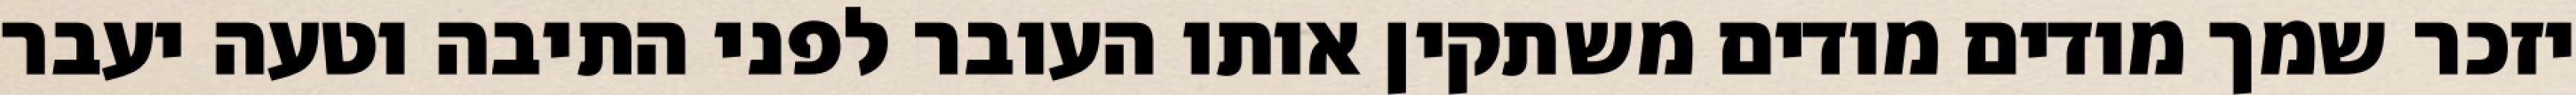
יזכר שמך מודים מודים משתקין אותו העובר לפני התיבה וטעה יעבר